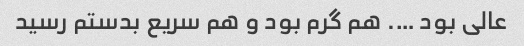
عالی بود …. هم گرم بود و هم سریع بدستم رسید